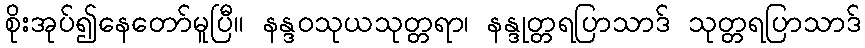
စိုးအုပ်၍နေတော်မူပြီ။ နန္ဒဝသုယသုတ္တရာ၊ နန္ဒုတ္တရပြာသာဒ် သုတ္တရပြာသာဒ်